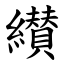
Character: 纉